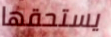
يستحقها